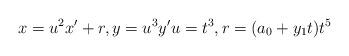
LaTeX: \begin{align*} x=u^2 x' + r, y=u^3 y' u = t^3, r = (a_0 + y_1 t)t^5 \end{align*}